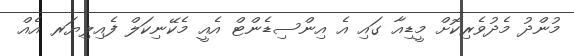
މުންދު މެދުވެރިކޮށް މީޑިއާ ގައި އެ އިންސިޑެންޓް އެއީ މެކޭނިކަލް ފެއިލިޔަރ އެއް